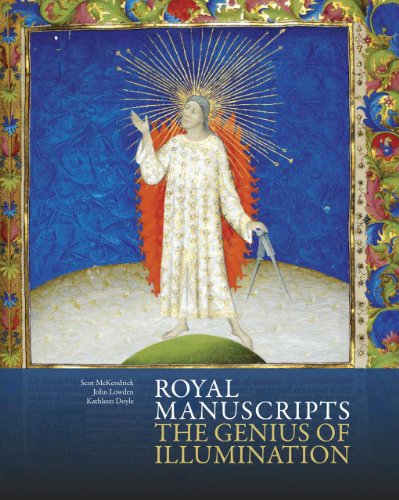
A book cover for Royal Manuscripts: The Genius of Illumination; Scot McKendrick; Arts & Photography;